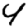
Digit: 4